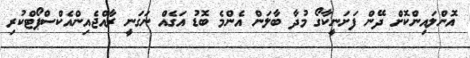
އޮންލައިންކޮށް ދޭން ފަށަނީކާގޯ މުދާ ބާލަން އެންމެ ބޮޑު އަގެއް ނަގަނީ ރާއްޖެއިންއެކްސްޕޯޓްކުރި